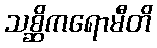
သစ္ဆိကရောမီတိ